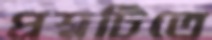
প্রশ্নটিতে